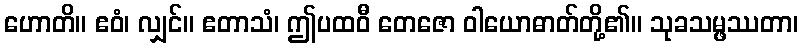
ဟောတိ။ ဧဝံ၊ လျှင်။ ဧတာသံ၊ ဤပထဝီ တေဇော ဝါယောဓာတ်တို့၏။ သုခသမ္ဖဿတာ၊